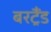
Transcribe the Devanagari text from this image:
बरट्रैंड